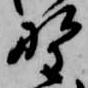
野